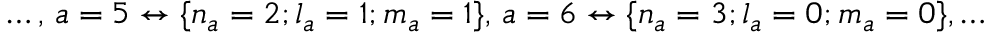
{ \dots , \, a = 5 \leftrightarrow \{ n _ { a } = 2 ; l _ { a } = 1 ; m _ { a } = 1 \} , \, a = 6 \leftrightarrow \{ n _ { a } = 3 ; l _ { a } = 0 ; m _ { a } = 0 \} , \dots }